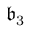
{ \mathfrak { b } } _ { 3 }